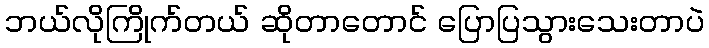
ဘယ်လိုကြိုက်တယ် ဆိုတာတောင် ပြောပြသွားသေးတာပဲ